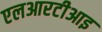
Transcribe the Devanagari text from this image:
एलआरटीआइ